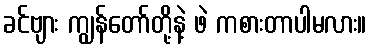
ခင်ဗျား ကျွန်တော်တို့နဲ့ ဖဲ ကစားတာပါမလား။